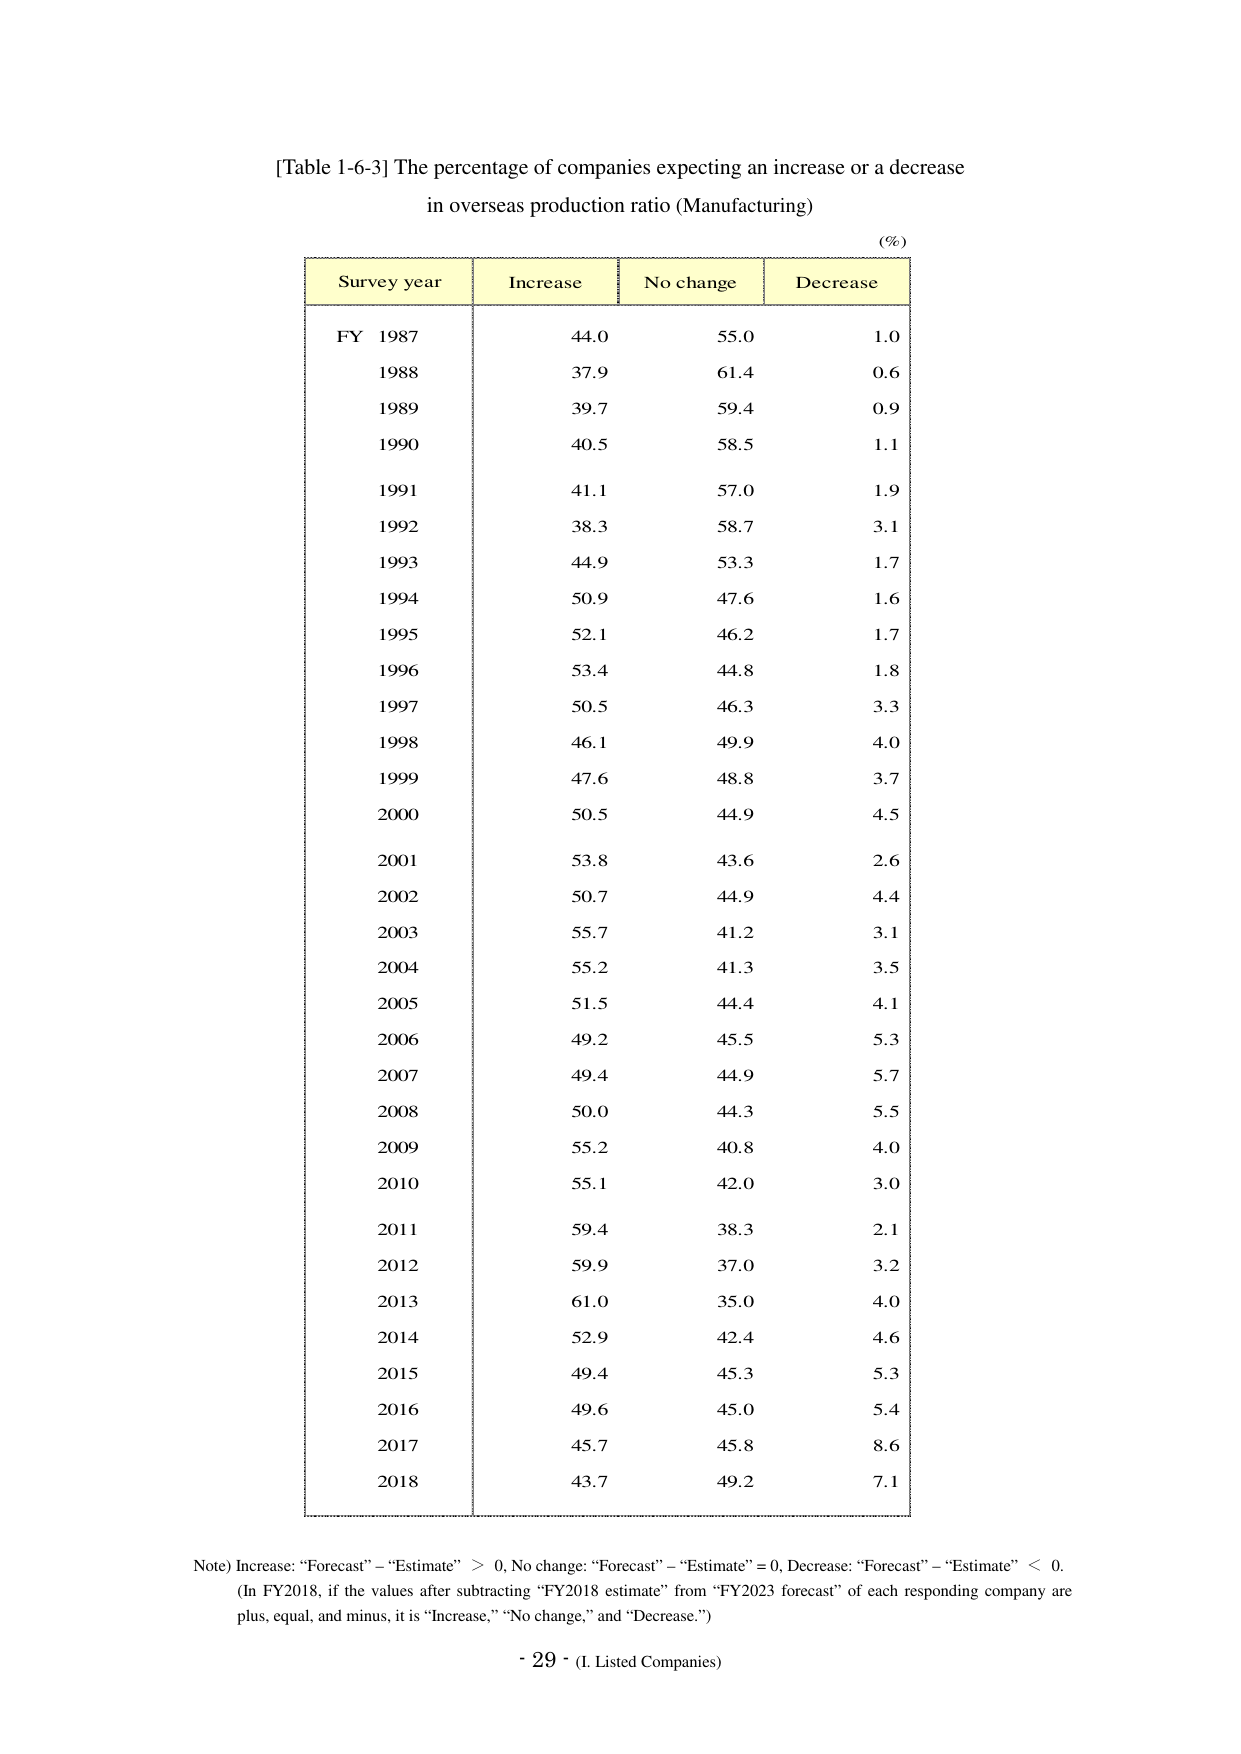
[Table 1-6-3] The percentage of companies expecting an increase or a decrease
in overseas production ratio (Manufacturing)

(%)

Survey year    Increase    No change    Decrease
FY 1987        44.0        55.0         1.0
1988           37.9        61.4         0.6
1989           39.7        59.4         0.9
1990           40.5        58.5         1.1
1991           41.1        57.0         1.9
1992           38.3        58.7         3.1
1993           44.9        53.3         1.7
1994           50.9        47.6         1.6
1995           52.1        46.2         1.7
1996           53.4        44.8         1.8
1997           50.5        46.3         3.3
1998           46.1        49.9         4.0
1999           47.6        48.8         3.7
2000           50.5        44.9         4.5
2001           53.8        43.6         2.6
2002           50.7        44.9         4.4
2003           55.7        41.2         3.1
2004           55.2        41.3         3.5
2005           51.5        44.4         4.1
2006           49.2        45.5         5.3
2007           49.4        44.9         5.7
2008           50.0        44.3         5.5
2009           55.2        40.8         4.0
2010           55.1        42.0         3.0
2011           59.4        38.3         2.1
2012           59.9        37.0         3.2
2013           61.0        35.0         4.0
2014           52.9        42.4         4.6
2015           49.4        45.3         5.3
2016           49.6        45.0         5.4
2017           45.7        45.8         8.6
2018           43.7        49.2         7.1

Note) Increase: “Forecast” – “Estimate” > 0, No change: “Forecast” – “Estimate” = 0, Decrease: “Forecast” – “Estimate” < 0.
(In FY2018, if the values after subtracting “FY2018 estimate” from “FY2023 forecast” of each responding company are plus, equal, and minus, it is “Increase,” “No change,” and “Decrease.”)

- 29 - (I. Listed Companies)